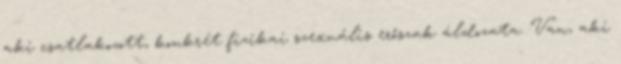
aki csatlakozott, konkrét fizikai szexuális erőszak áldozata. Van, aki